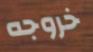
خروجه